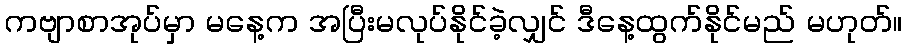
ကဗျာစာအုပ်မှာ မနေ့က အပြီးမလုပ်နိုင်ခဲ့လျှင် ဒီနေ့ထွက်နိုင်မည် မဟုတ်။